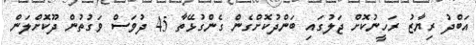
އަބްދު ރިޔާޒު ރަހީނުކޮށް ޖަލުގައި ބަންދުކޮށްގެން ގެންގުޅޭތާ 45 ދުވަސް ވަގުތުން ދޫކޮށްލަން